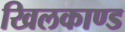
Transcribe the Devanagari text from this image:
खिलकाण्ड